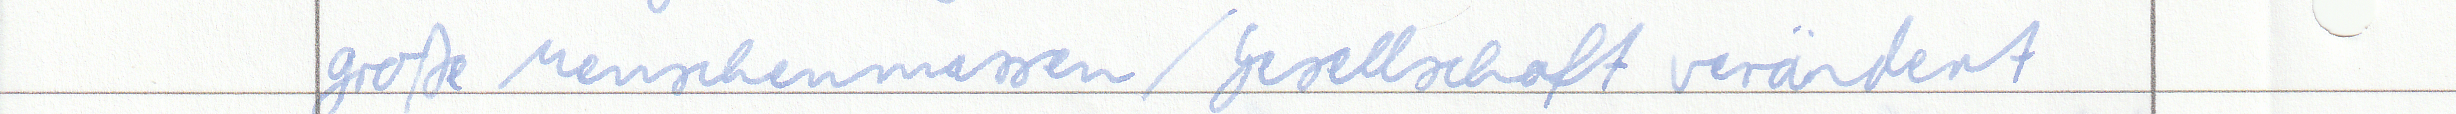
große Menschenmassen / Gesellschaft verändert